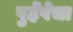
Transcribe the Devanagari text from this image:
पुर्हेपेचा